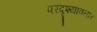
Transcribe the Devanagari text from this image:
परदृश्यावतार